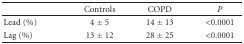
<table><thead><tr><td></td><td><b>Controls</b></td><td><b>COPD</b></td><td><b><i>P</i></b></td></tr></thead><tbody><tr><td>Lead (%)</td><td>4 ± 5</td><td>14 ± 13</td><td>&lt;0.0001</td></tr><tr><td>Lag (%)</td><td>13 ± 12</td><td>28 ± 25</td><td>&lt;0.0001</td></tr></tbody></table>